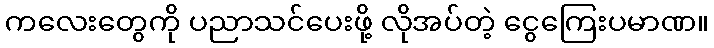
ကလေးတွေကို ပညာသင်ပေးဖို့ လိုအပ်တဲ့ ငွေကြေးပမာဏ။